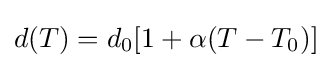
d(T)=d_{0}[1+\alpha (T-T_{0})]